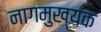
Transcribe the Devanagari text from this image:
नागमुख्यक